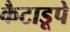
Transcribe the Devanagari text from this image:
कैटाडूपे